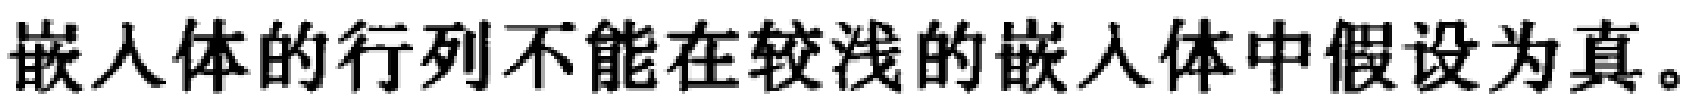
嵌入体的行列不能在较浅的嵌入体中假设为真。